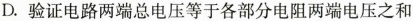
D.验证电路两端总电压等于各部分电阻两端电压之和